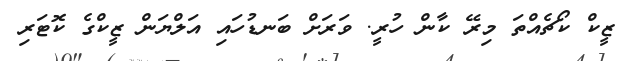
ޒީކް ކޯޗެއްތަ މިރޭ ކާން ހުރީ. ވަރަށް ބަނޑުހައި އަލްޔަން ޒީކްގެ ކޮޓަރި